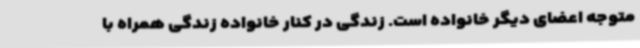
متوجه اعضای دیگر خانواده است. زندگی در کنار خانواده زندگی همراه با